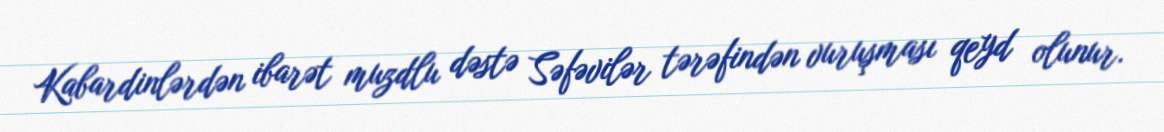
Kabardinlərdən ibarət muzdlu dəstə Səfəvilər tərəfindən vuruşması qeyd olunur.